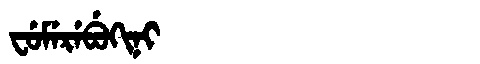
Manchu: ᠸᡠᠮᡝᡵᡝᠪᡠᡴᡳᠨᡳ
Romanization: FUMEREBUKINI